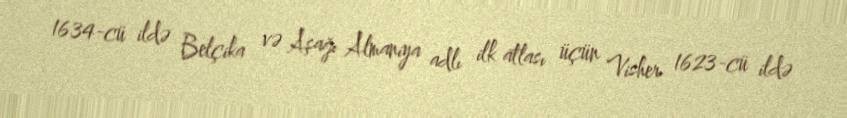
1634-cü ildə Belçika və Aşağı Almaniya adlı ilk atlası üçün Visher 1623-cü ildə